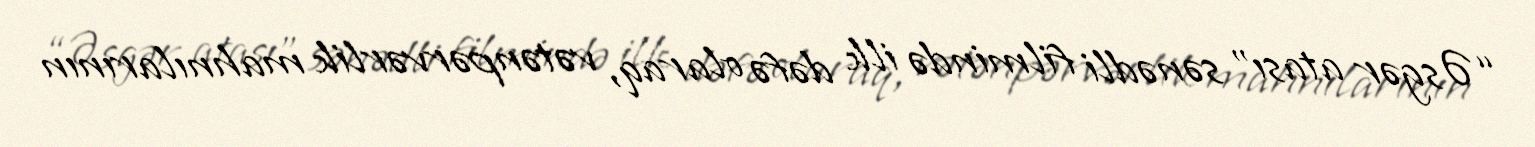
“Əsgər atası” sənədli filmində ilk dəfə olaraq, vətənpərvərlik mahnılarının